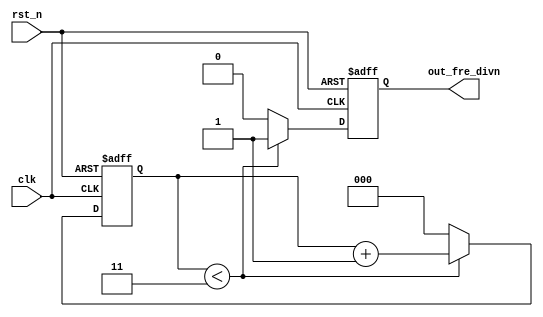
module fre_divn2 (clk,rst_n,out_fre_divn);
	input clk;
	input rst_n;
	output reg out_fre_divn;

	reg [2:0] counter_l, counter_h;
	parameter lw = 2,
			  hw = 3;

	always @(posedge clk or negedge rst_n) 
		begin : proc_1
			if(~rst_n) 
			begin
				out_fre_divn <= 0;
				counter_l <= 0;
				counter_h <= 0;
			end 
			else 
			begin
				if(counter_l < lw) 
					begin
					    out_fre_divn <= 0;
					    counter_l <= counter_l +1;
					    counter_h <= 0;
					end
				//else 
			    else 
				    begin
				    	out_fre_divn <= 1;
				    	counter_l <= 0;
				    	counter_h <= 0;
				    end

				if(counter_h < hw)
				    	begin
				    		out_fre_divn <= 1;
				    		counter_l <= 0;
							counter_h <= counter_h +1;
						end
						//else
				else
						begin
							out_fre_divn <= 0;
			    			counter_l <= 0;
			    			counter_h <= 0;
						end

		    end	
	    end

endmodule